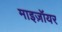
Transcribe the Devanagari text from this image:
माइज़ॉयर